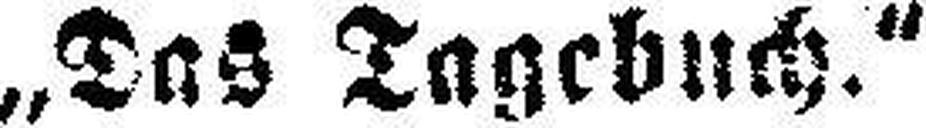
„Das Tagebuch.“